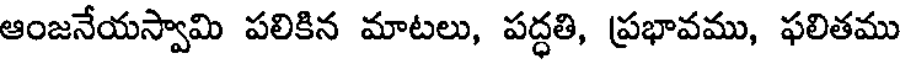
ఆంజనేయస్వామి పలికిన మాటలు, పద్ధతి, ప్రభావము, ఫలితము